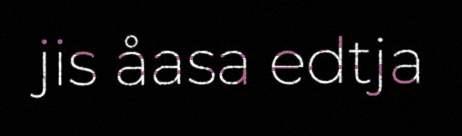
jis åasa edtja